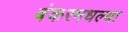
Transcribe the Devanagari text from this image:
बंकरमधल्या